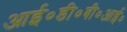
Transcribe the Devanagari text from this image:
आई०डी०बी०आई०